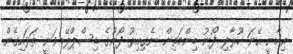
ރިހާނީ އޭނަ ހޫރާލި ފޯނު ބިންމަތިން ނެގިއިރު ފޯނުގެ ޑިސްޕްލޭ ވަނީ ތަޅައިގެން